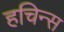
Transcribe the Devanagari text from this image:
हचिन्स